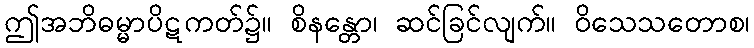
ဤအဘိဓမ္မာပိဋကတ်၌။ စိနန္တော၊ ဆင်ခြင်လျက်။ ဝိသေသတောစ၊